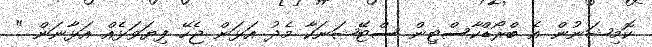
ކޮމިޝަނުން އެ ބްރޯޑްކާސްޓިން ސްޓޭޝަނަކާ މެދު އަޅަން ޖެހޭ ފިޔަވަޅެއް އަޅާނަން "